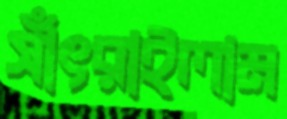
সাঁৎরাইলাম